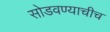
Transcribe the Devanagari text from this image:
सोडवण्याचीच